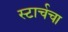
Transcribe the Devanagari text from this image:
स्टार्चचा